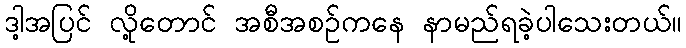
ဒါ့အပြင် လို့တောင် အစီအစဉ်ကနေ နာမည်ရခဲ့ပါသေးတယ်။